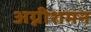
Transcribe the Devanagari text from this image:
अग्नीशमन